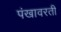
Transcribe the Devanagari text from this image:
पंखावरती